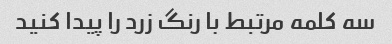
سه کلمه مرتبط با رنگ زرد را پیدا کنید